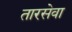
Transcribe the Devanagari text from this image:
तारसेवा